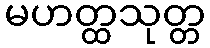
မဟတ္ထသုတ္တ